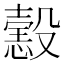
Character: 𢢢